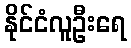
နိုင်ငံလူဦးရေ